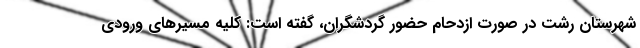
شهرستان رشت در صورت ازدحام حضور گردشگران، گفته است: کلیه مسیرهای ورودی